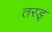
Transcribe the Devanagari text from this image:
तरड्